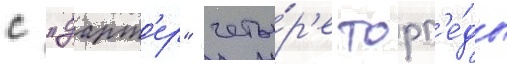
с "дарт'ер" четы́р'е торп'е́ды